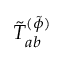
\tilde { T } _ { a b } ^ { ( \tilde { \phi } ) }